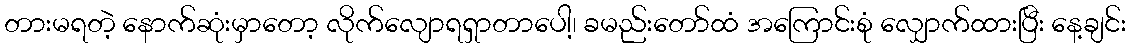
တားမရတဲ့ နောက်ဆုံးမှာတော့ လိုက်လျောရရှာတာပေါ့၊ ခမည်းတော်ထံ အကြောင်းစုံ လျှောက်ထားပြီး နေ့ချင်း